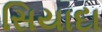
સિયાદા